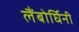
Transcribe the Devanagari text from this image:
लैंबोर्घिनी